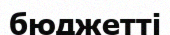
бюджетті